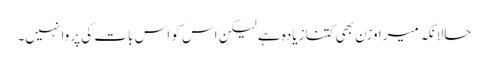
حالانکہ میرا وزن بھی کتنا زیادہ ہے لیکن اس کو اس بات کی پروا نہیں۔